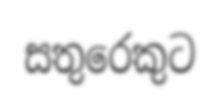
සතුරෙකුට